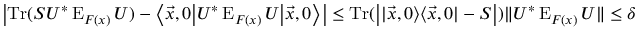
\left| \operatorname { T r } ( S U ^ { * } \operatorname { E } _ { F ( x ) } U ) - \left\langle { \vec { x } } , 0 { \big | } U ^ { * } \operatorname { E } _ { F ( x ) } U { \big | } { \vec { x } } , 0 \right\rangle \right| \leq \operatorname { T r } ( { \big | } | { \vec { x } } , 0 \rangle \langle { \vec { x } } , 0 | - S { \big | } ) \| U ^ { * } \operatorname { E } _ { F ( x ) } U \| \leq \delta